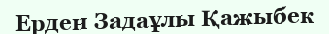
Ерден Задаұлы Қажыбек